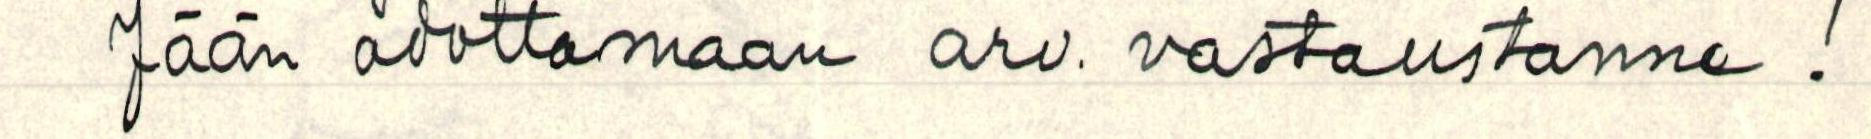
Jään odottamaan arv. vastaustanne!